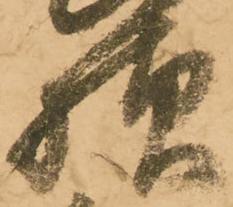
様